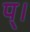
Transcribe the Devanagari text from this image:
प्।